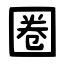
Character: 圈